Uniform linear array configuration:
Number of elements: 48
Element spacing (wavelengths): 1
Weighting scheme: hamming
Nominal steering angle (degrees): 15
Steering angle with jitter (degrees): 13.873
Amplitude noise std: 0.05
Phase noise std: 0.05

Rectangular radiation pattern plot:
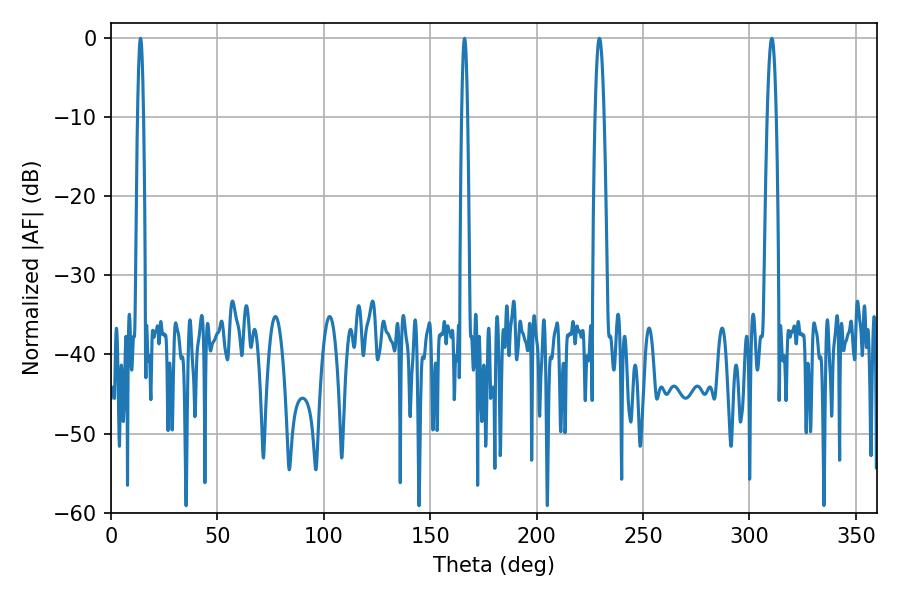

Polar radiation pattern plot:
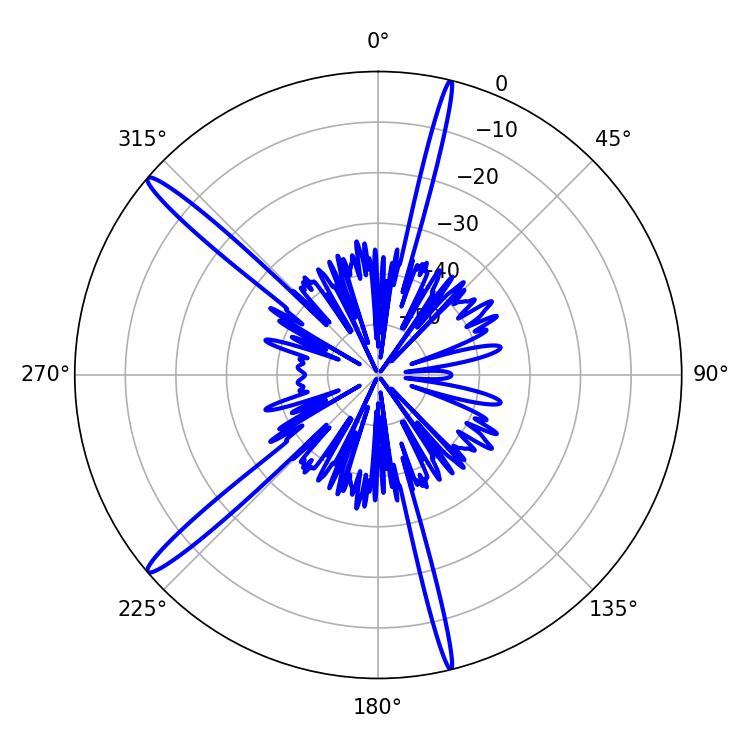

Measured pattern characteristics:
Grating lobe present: TRUE
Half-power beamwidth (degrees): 2.16
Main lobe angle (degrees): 229.5